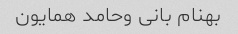
بهنام بانی وحامد همایون